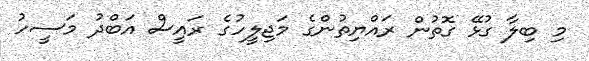
މި ބިލާ ގުޅޭ ގޮތުން ރައްޔިތުންގެ މަޖިލީހުގެ ރައީސް އަބްދު މަސީހު